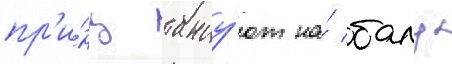
пр'и́нц танцу́ют на́ балу